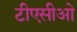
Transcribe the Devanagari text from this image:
टीएसीओ